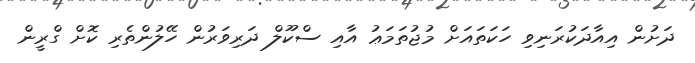
ދަށުން އިއާދަކުރަނިވި ހަކަތައަށް މުޖުތަމަޢު އާއި ސްކޫލް ދަރިވަރުން ހޭލުންތެރި ކޮށް ގްރީން